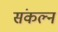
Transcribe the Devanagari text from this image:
संकल्न